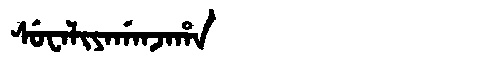
Manchu: ᠰᡠᠸᠠᠯᡳᠶᠠᡤᠠᠨᠵᠠᡥᠠ
Romanization: SUWALIYAGANJAHA